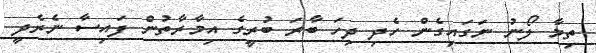
ތިމާ ލޯނު ނަގައިގެން ހެދި ދިހަ ބާރަ ބުރީގެ އިމާރާތުން ފައިސާ ނެރެދީ